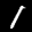
Label: 1